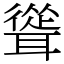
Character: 聳